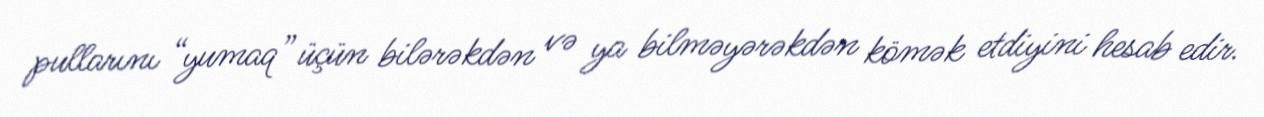
pullarını “yumaq” üçün bilərəkdən və ya bilməyərəkdən kömək etdiyini hesab edir.